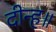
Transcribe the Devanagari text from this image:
दीन्ह॥